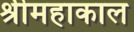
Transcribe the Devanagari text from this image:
श्रीमहाकाल